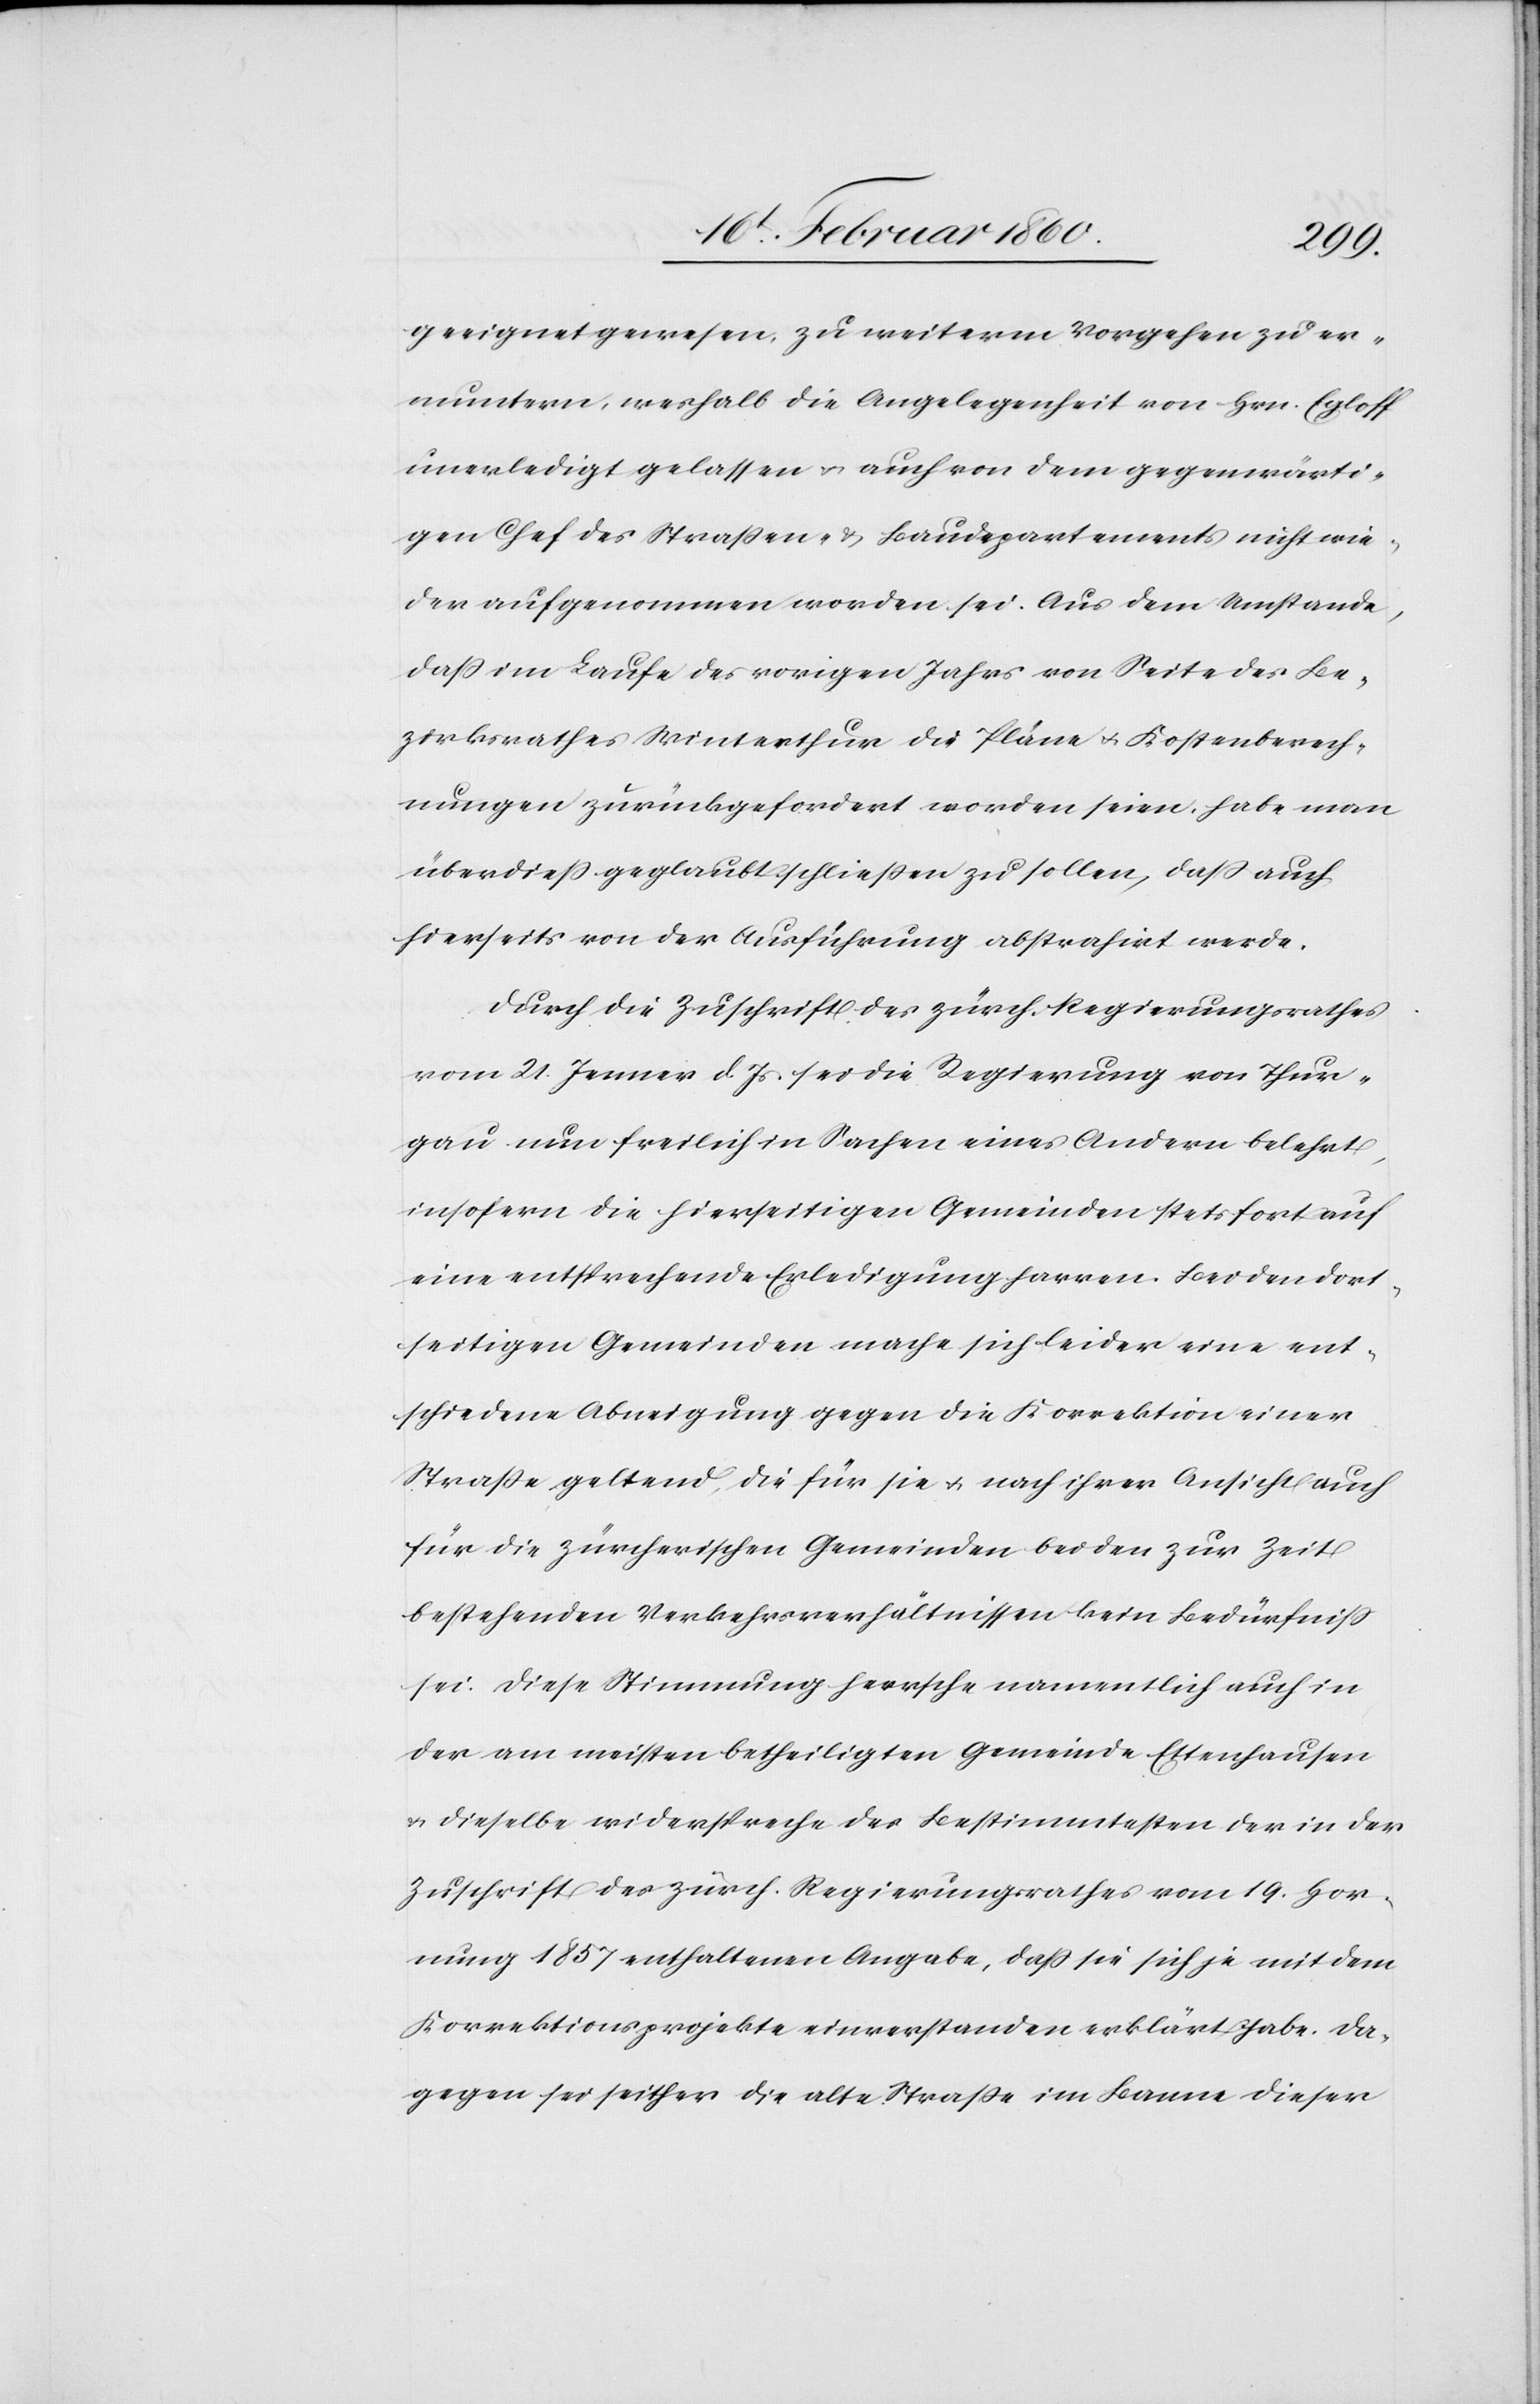
geeignet gewesen, zu weiterm Vorgehen zu er¬
muntern, weshalb die Angelegenheit von Hrn. Egloff
unerledigt gelassen u. auch von dem gegenwärti¬
gen Chef des Strassen- u. Baudepartements nicht wie¬
der aufgenommen worden sei. Aus dem Umstande,
dass im Laufe des vorigen Jahrs von Seite des Be¬
zirksrathes Winterthur die Pläne u. Kostenberech¬
nungen zurückgefordert worden seien, habe man
überdiess geglaubt, schliessen zu sollen, dass auch
hierseits von der Ausführung abstrahirt werde.
Durch die Zuschrift des zürch. Regierungsrathes
vom 21. Jenner d. Js. sei die Regierung von Thur¬
gau nun freilich in Sachen eines Andern belehrt,
insofern die hierseitigen Gemeinden stets fort auf
eine entsprechende Erledigung harren. Bei den dort¬
seitigen Gemeinden mache sich leider eine ent¬
schiedene Abneigung gegen die Korrektion einer
Strasse geltend, die für sie u. nach ihrer Ansicht auch
für die zürcherischen Gemeinden bei den zur Zeit
bestehenden Verkehrsverhältnissen kein Bedürfniss
sei. Diese Stimmung herrsche namentlich auch in
der am meisten betheiligten Gemeinde Ettenhausen
u. dieselbe widerspreche des Bestimmtesten der in der
Zuschrift des zürch. Regierungsrathes vom 19. Hor¬
nung 1857 enthaltenen Angabe, dass sie sich je mit dem
Korrektionsprojekte einverstanden erklärt habe. Da¬
gegen sei seither die alte Strasse im Banne dieser